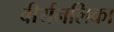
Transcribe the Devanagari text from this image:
वीर्यनलिका